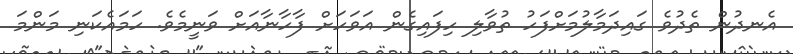
އެނދުން ތެދުވެ ގައިދަމާލުމަށްފަހު ތުވާލި ހިފައިގެން އަވަހަށް ފާހާނާއަށް ވަނީމެވެ. ހަމައެކަނި މަންމަ